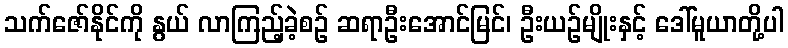
သက်ဇော်နိုင်ကို နွယ် လာကြည့်ခဲ့စဉ် ဆရာဦးအောင်မြင်၊ ဦးယဉ်မျိုးနှင့် ဒေါ်မူယာတို့ပါ